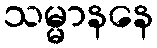
သမ္မာနနေ